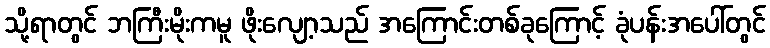
သို့ရာတွင် ဘကြီးမိုးကမူ ဖိုးလျော့သည် အကြောင်းတစ်ခုကြောင့် ခုံပန်းအပေါ်တွင်